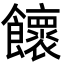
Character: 𩟮